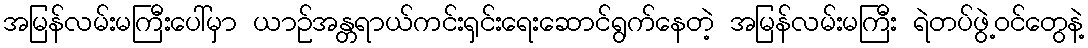
အမြန်လမ်းမကြီးပေါ်မှာ ယာဉ်အန္တရာယ်ကင်းရှင်းရေးဆောင်ရွက်နေတဲ့ အမြန်လမ်းမကြီး ရဲတပ်ဖွဲ့ဝင်တွေနဲ့